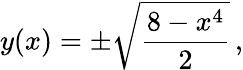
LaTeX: y(x)=\pm{\sqrt{\frac{8-x^{4}}{2}}}\, ,